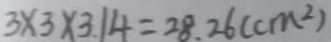
3 \times 3 \times 3 . 1 4 = 2 8 . 2 6 ( c m ^ { 2 } )